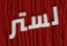
لستر